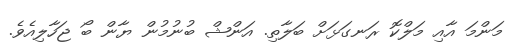
މަންމަ އާއި މަލްކޮ ރަނގަޅަށް ބަލާތި. އަންޝް ބުނުމުން ޔާން ބޯ ޖަހާލިއެވެ.